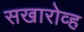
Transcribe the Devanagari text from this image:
सखारोव्ह